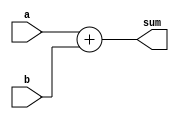
`timescale 1ns / 1ps
module ADD (
    input [31:0] a,
    input [31:0] b,
    output [32:0] sum
);
    assign sum = a + b;
endmodule

module SUB (
    input [31:0] a,
    input [31:0] b,
    output [32:0] diff
);
    assign diff = a - b;
endmodule

module AND (
    input [31:0] a,
    input [31:0] b,
    output [31:0] res
);
    assign res = a & b;
endmodule

module OR (
    input [31:0] a,
    input [31:0] b,
    output [31:0] res
);
    assign res = a | b;
endmodule

module XOR (
    input [31:0] a,
    input [31:0] b,
    output [31:0] res
);
    assign res = a ^ b;
endmodule

module NOT (
    input [31:0] a,
    output [31:0] res
);
    assign res = ~a;
    
endmodule

module SLA (
    input [31:0] a,
    input  b,
    output [31:0] res
);
    assign res = a << b;
endmodule

module SRA (
    input [31:0] a,
    input  b,
    output [31:0] res
);
    wire [31:0] y,resu;
    assign y = a;
    assign resu = y >> b;
    assign res = {a[31],resu[30:0]};
endmodule

module SRL (
    input [31:0] a,
    input  b,
    output [31:0] res
);
    assign res = a >> b;
endmodule


module ALU (
    input [31:0] a,
    input [31:0] b,
    input [3:0] opcode,
    input en,
    output reg [31:0] res
);
    wire [31:0] ano,oro,xoo,noo,slao,srao,srlo;
    reg overflowFlag,zeroFlag;
    wire [32:0] ado,suo;
    ADD func1(a,b,ado);
    SUB func2(a,b,suo);
    AND func3(a,b,ano);
    OR func4(a,b,oro);
    XOR func5(a,b,xoo);
    NOT func6(a,noo);
    SLA func7(a,b[0],slao);
    SRA func8(a,b[0],srao);
    SRL func9(a,b[0],srlo);
    always @(*) begin
        if(en) begin
            overflowFlag = 1'b0;
        case(opcode)
            4'b0000: begin
                res <= ado[31:0];
                overflowFlag <= ado[32];
                if(!ado[31:0]) zeroFlag = 1'b1;
                else zeroFlag = 1'b0;
            end
            4'b0001: begin
                res <= suo;
                overflowFlag <= suo[32];
                if(!suo[31:0]) zeroFlag = 1'b1;
                else zeroFlag = 1'b0;
            end
            4'b0010: begin
                res <= ano;
                if(!ano) zeroFlag = 1'b1;
                else zeroFlag = 1'b0;
            end
            4'b0011: begin
                res <= oro;
                if(!oro) zeroFlag = 1'b1;
                else zeroFlag = 1'b0;
            end
            4'b0100: begin
                res <= xoo;
                if(!xoo) zeroFlag = 1'b1;
                else zeroFlag = 1'b0;
            end
            4'b0101: begin
                res <= noo;
                if(!noo) zeroFlag = 1'b1;
                else zeroFlag = 1'b0;
            end
            4'b0110: begin
                res <= slao;
                if(!slao) zeroFlag = 1'b1;
                else zeroFlag = 1'b0;
            end
            4'b0111: begin
                res <= srao;
                if(!srao) zeroFlag = 1'b1;
                else zeroFlag = 1'b0;
            end
            4'b1000: begin
                res <= srlo;
                if(!srlo) zeroFlag = 1'b1;
                else zeroFlag = 1'b0;
            end
            4'b1001: begin
                res <= a + 4;
            end
            4'b1010: begin
                res <= a - 4;
            end
            4'b1011: begin
                res <= a;
            end
            default: begin
                res <= 32'bx;
                zeroFlag <= 1'b0;
            end
        endcase
    end
    end
    
    initial begin
        $dumpfile("ALU.vcd");
        $dumpvars(0, ALU);
    end
endmodule